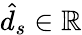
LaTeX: \hat{d}_{s}\in\mathbb{R}